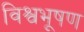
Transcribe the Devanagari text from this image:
विश्वभूषण